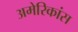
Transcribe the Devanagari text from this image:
अमेरिकांस